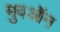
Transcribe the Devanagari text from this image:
मुवऑन